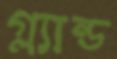
গ্ল্যান্ড